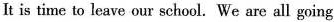
It is time to leave our school. We are all going